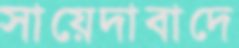
সায়েদাবাদে